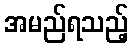
အမည်ရသည့်